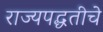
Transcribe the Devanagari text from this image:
राज्यपद्धतीचे